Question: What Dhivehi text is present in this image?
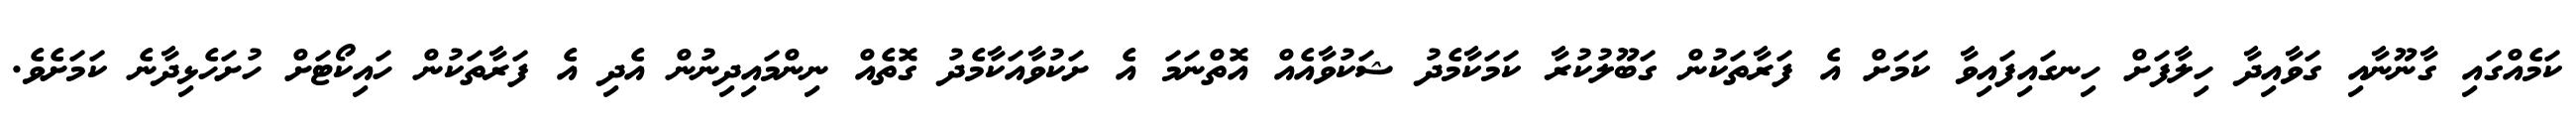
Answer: ކަމެއްގައި ގާނޫނާއި ގަވާއިދާ ހިލާފަށް ހިނގައިފައިވާ ކަމަށް އެ ފަރާތަކުން ގަބޫލުކުރާ ކަމަކާމެދު ޝަކުވާއެއް އޮތްނަމަ އެ ށަކުވާއަކާމެދު ގޮތެއް ނިންމައިދިނުން އެދި އެ ފަރާތަކުން ހައިކޯޓަށް ހުށަހެޅިދާނެ ކަމަށެވެ.